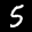
Label: 5